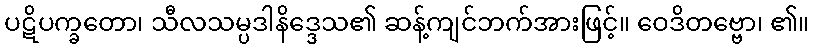
ပဋိပက္ခတော၊ သီလသမ္ပဒါနိဒ္ဒေသ၏ ဆန့်ကျင်ဘက်အားဖြင့်။ ဝေဒိတဗ္ဗော၊ ၏။